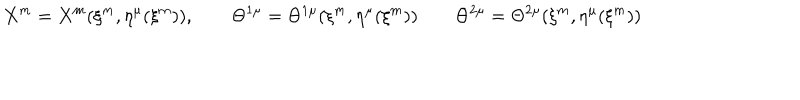
X ^ { m } = X ^ { m } ( \xi ^ { m } , \eta ^ { \mu } ( \xi ^ { m } ) ) , \qquad \Theta ^ { 1 \mu } = \Theta ^ { 1 \mu } ( \xi ^ { m } , \eta ^ { \mu } ( \xi ^ { m } ) ) \qquad \Theta ^ { 2 \mu } = \Theta ^ { 2 \mu } ( \xi ^ { m } , \eta ^ { \mu } ( \xi ^ { m } ) )